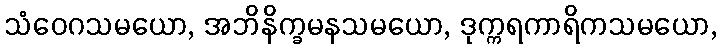
သံဝေဂသမယော, အဘိနိက္ခမနသမယော, ဒုက္ကရကာရိကသမယော,